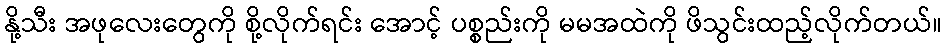
နို့သီး အဖုလေးတွေကို စို့လိုက်ရင်း အောင့် ပစ္စည်းကို မမအထဲကို ဖိသွင်းထည့်လိုက်တယ်။